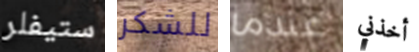
ستيفلر للشكر عندما أخذني